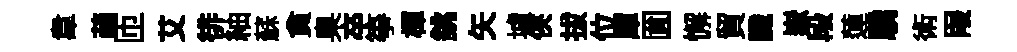
韋萌匝艾徘紬蘇貪臬卒箏楎銚矢壚俠拔位庫圎懈貿識嶽段蓮驕術叚